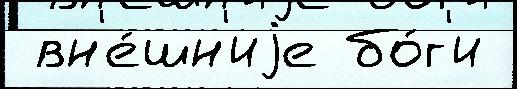
 вн'е́шн'иjе бо́г'и